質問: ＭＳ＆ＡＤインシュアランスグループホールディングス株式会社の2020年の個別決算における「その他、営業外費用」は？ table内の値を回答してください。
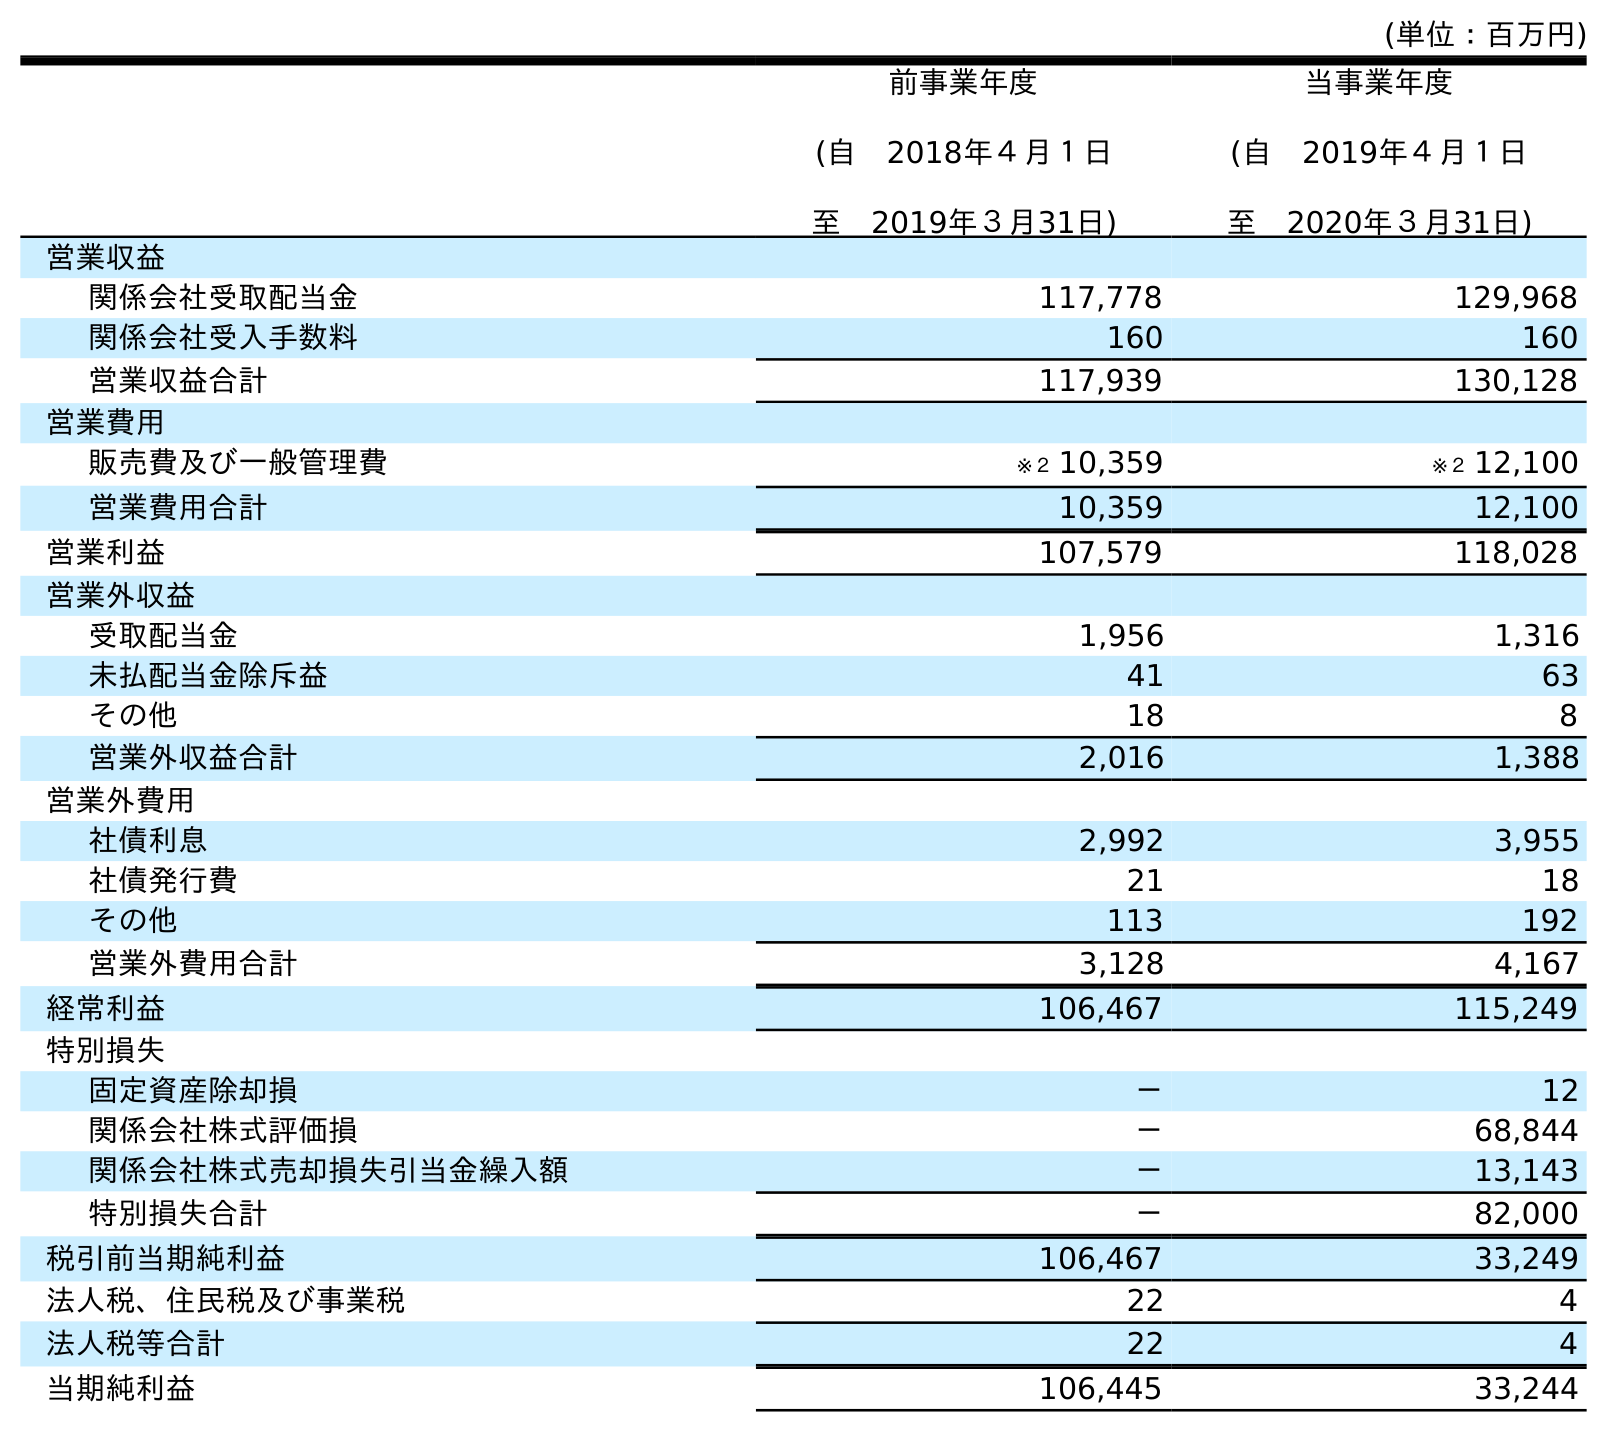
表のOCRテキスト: (単位：百万円) 前事業年度 (自 2018年４月１日 至 2019年３月31日) 当事業年度 (自 2019年４月１日 至 2020年３月31日) 営業収益 関係会社受取配当金 117,778 129,968 関係会社受入手数料 160 160 営業収益合計 117,939 130,128 営業費用 販売費及び一般管理費 ※２ 10,359 ※２ 12,100 営業費用合計 10,359 12,100 営業利益 107,579 118,028 営業外収益 受取配当金 1,956 1,316 未払配当金除斥益 41 63 その他 18 8 営業外収益合計 2,016 1,388 営業外費用 社債利息 2,992 3,955 社債発行費 21 18 その他 113 192 営業外費用合計 3,128 4,167 経常利益 106,467 115,249 特別損失 固定資産除却損 － 12 関係会社株式評価損 － 68,844 関係会社株式売却損失引当金繰入額 － 13,143 特別損失合計 － 82,000 税引前当期純利益 106,467 33,249 法人税、住民税及び事業税 22 4 法人税等合計 22 4 当期純利益 106,445 33,244
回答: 192